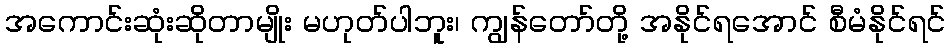
အကောင်းဆုံးဆိုတာမျိုး မဟုတ်ပါဘူး၊ ကျွန်တော်တို့ အနိုင်ရအောင် စီမံနိုင်ရင်